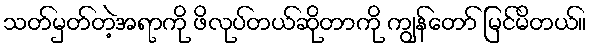
သတ်မှတ်တဲ့အရာကို ဖိလုပ်တယ်ဆိုတာကို ကျွန်တော် မြင်မိတယ်။